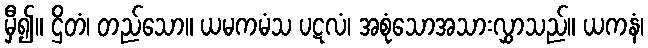
မှီ၍။ ဌိတံ၊ တည်သော။ ယမကမံသ ပဋလံ၊ အစုံသောအသားလွှာသည်။ ယကနံ၊